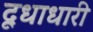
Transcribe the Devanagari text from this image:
दूधाधारी